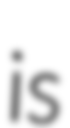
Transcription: is